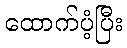
ထောက်ပံ့ပြီး